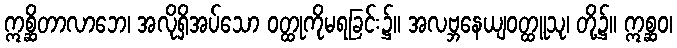
ဣစ္ဆိတာလာဘေ၊ အလိုရှိအပ်သော ဝတ္ထုကိုမရခြင်း၌။ အလဗ္ဘနေယျဝတ္ထူသု၊ တို့၌။ ဣစ္ဆဝ၊